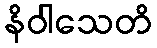
နိဝါသေတိ